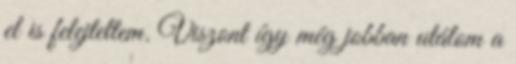
el is felejtettem. Viszont így még jobban utálom a